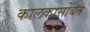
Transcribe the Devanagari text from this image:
कालकासोबत